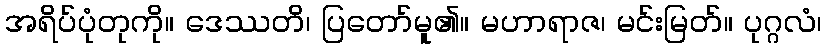
အရိပ်ပုံတုကို။ ဒေဿတိ၊ ပြတော်မူ၏။ မဟာရာဇ၊ မင်းမြတ်။ ပုဂ္ဂလံ၊